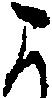
よ